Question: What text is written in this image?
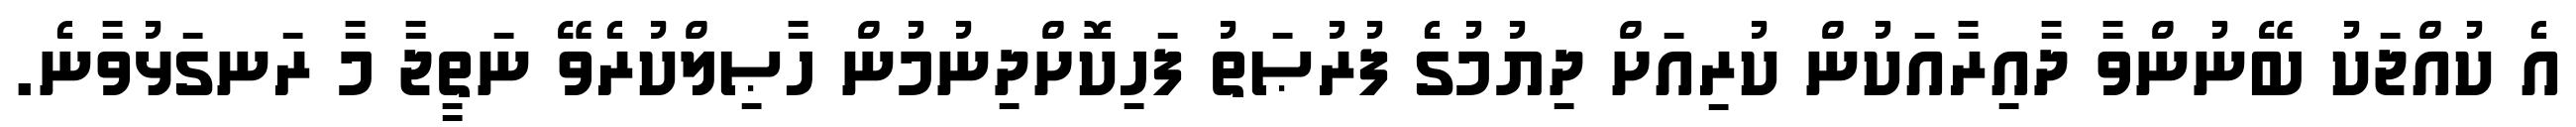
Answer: އެ ކުއްޖަކު ބޭނުންވާ ދާއިރާއަކުން ކުރިއަށް ދިޔުމުގެ ފުރުޞަތު ފަހިކޮށްދިނުމުން ހާޞިލްކުރެވޭ ނަތީޖާ މާ ރަނގަޅުވާނެ.